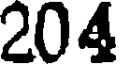
204